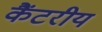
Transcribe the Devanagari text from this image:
कैंटरीय